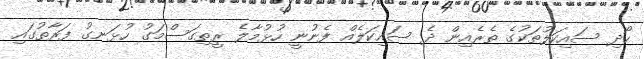
ހޯދި ސައިކަލުތަކުގެ ތެރެއިން ދެ ސައިކަލެއް ފެނުނީ ހުޅުމާލެ ރީތިގަސްމަގު ހުޅަނގު ފަރާތުގައި